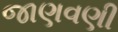
જાણવણી